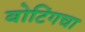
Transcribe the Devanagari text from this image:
बोटिंगचा